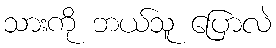
သားကို ဘယ်သူ ပြောလဲ